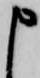
申